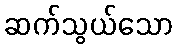
ဆက်သွယ်သော